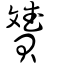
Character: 贇